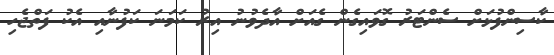
ކާސިންފުޅަށް ސެންޓަރު ގޮވައިގެން ގެއަށް އާދެވުނު އިރު ކަމަނަ ކަފުނާއި އެކު ފަތްޖެހި